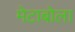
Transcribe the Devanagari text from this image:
मेटाबोला